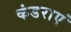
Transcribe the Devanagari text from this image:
कंडराएं